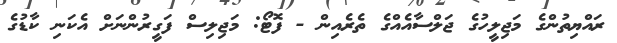
ރައްޔިތުންގެ މަޖިލީހުގެ ޖަލްސާއެއްގެ ތެރެއިން - ފޮޓޯ: މަޖިލިސް ފަގީރުންނަށް އެކަނި ކާޑުގެ